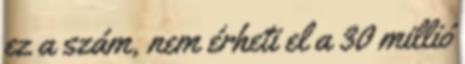
ez a szám, nem érheti el a 30 millió